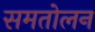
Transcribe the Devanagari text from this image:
समतोलन